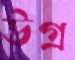
উগ্র